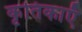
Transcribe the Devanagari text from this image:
कृतिकाएँ